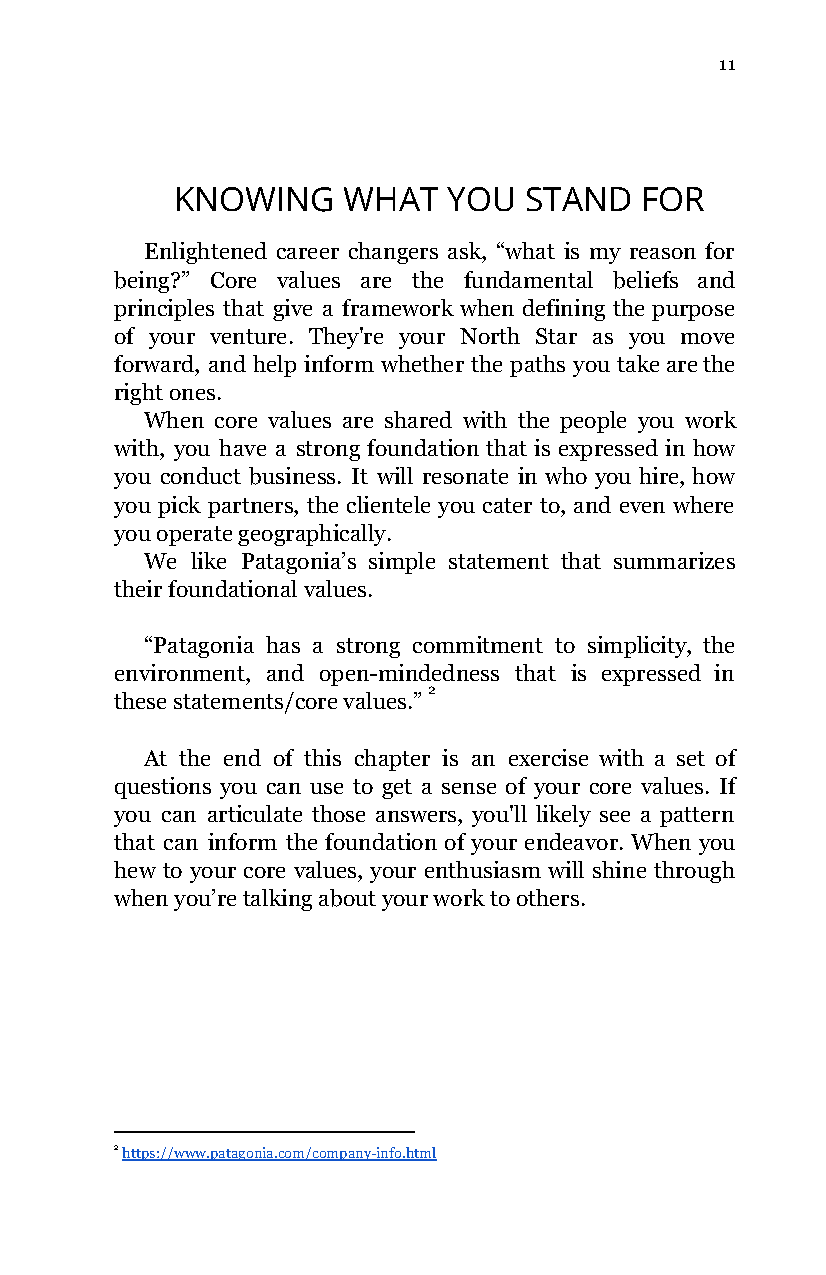
11
 KNOWING     WHAT   YOU  STAND  FOR
 Enlightened career changers ask, “what is my reason for
 being?” Core values are the fundamental beliefs and
 principles that give a framework when defining the purpose
 of your venture. They're your North Star as you move
 forward, and help inform whether the paths you take are the
 right ones.
 When core values are shared with the people you work
 with, you have a strong foundation that is expressed in how
 you conduct business. It will resonate in who you hire, how
 you pick partners, the clientele you cater to, and even where
 you operate geographically.
 We like Patagonia’s simple statement that summarizes
 their foundational values.
 “Patagonia has a strong commitment to simplicity, the
 environment, and open-mindedness that is expressed in
 2
 these statements/core values.”
 At the end of this chapter is an exercise with a set of
 questions you can use to get a sense of your core values. If
 you can articulate those answers, you'll likely see a pattern
 that can inform the foundation of your endeavor. When you
 hew to your core values, your enthusiasm will shine through
 when you’re talking about your work to others.
 2 https://www.patagonia.com/company-info.html
 ​